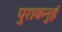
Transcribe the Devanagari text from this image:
पुराकनुई